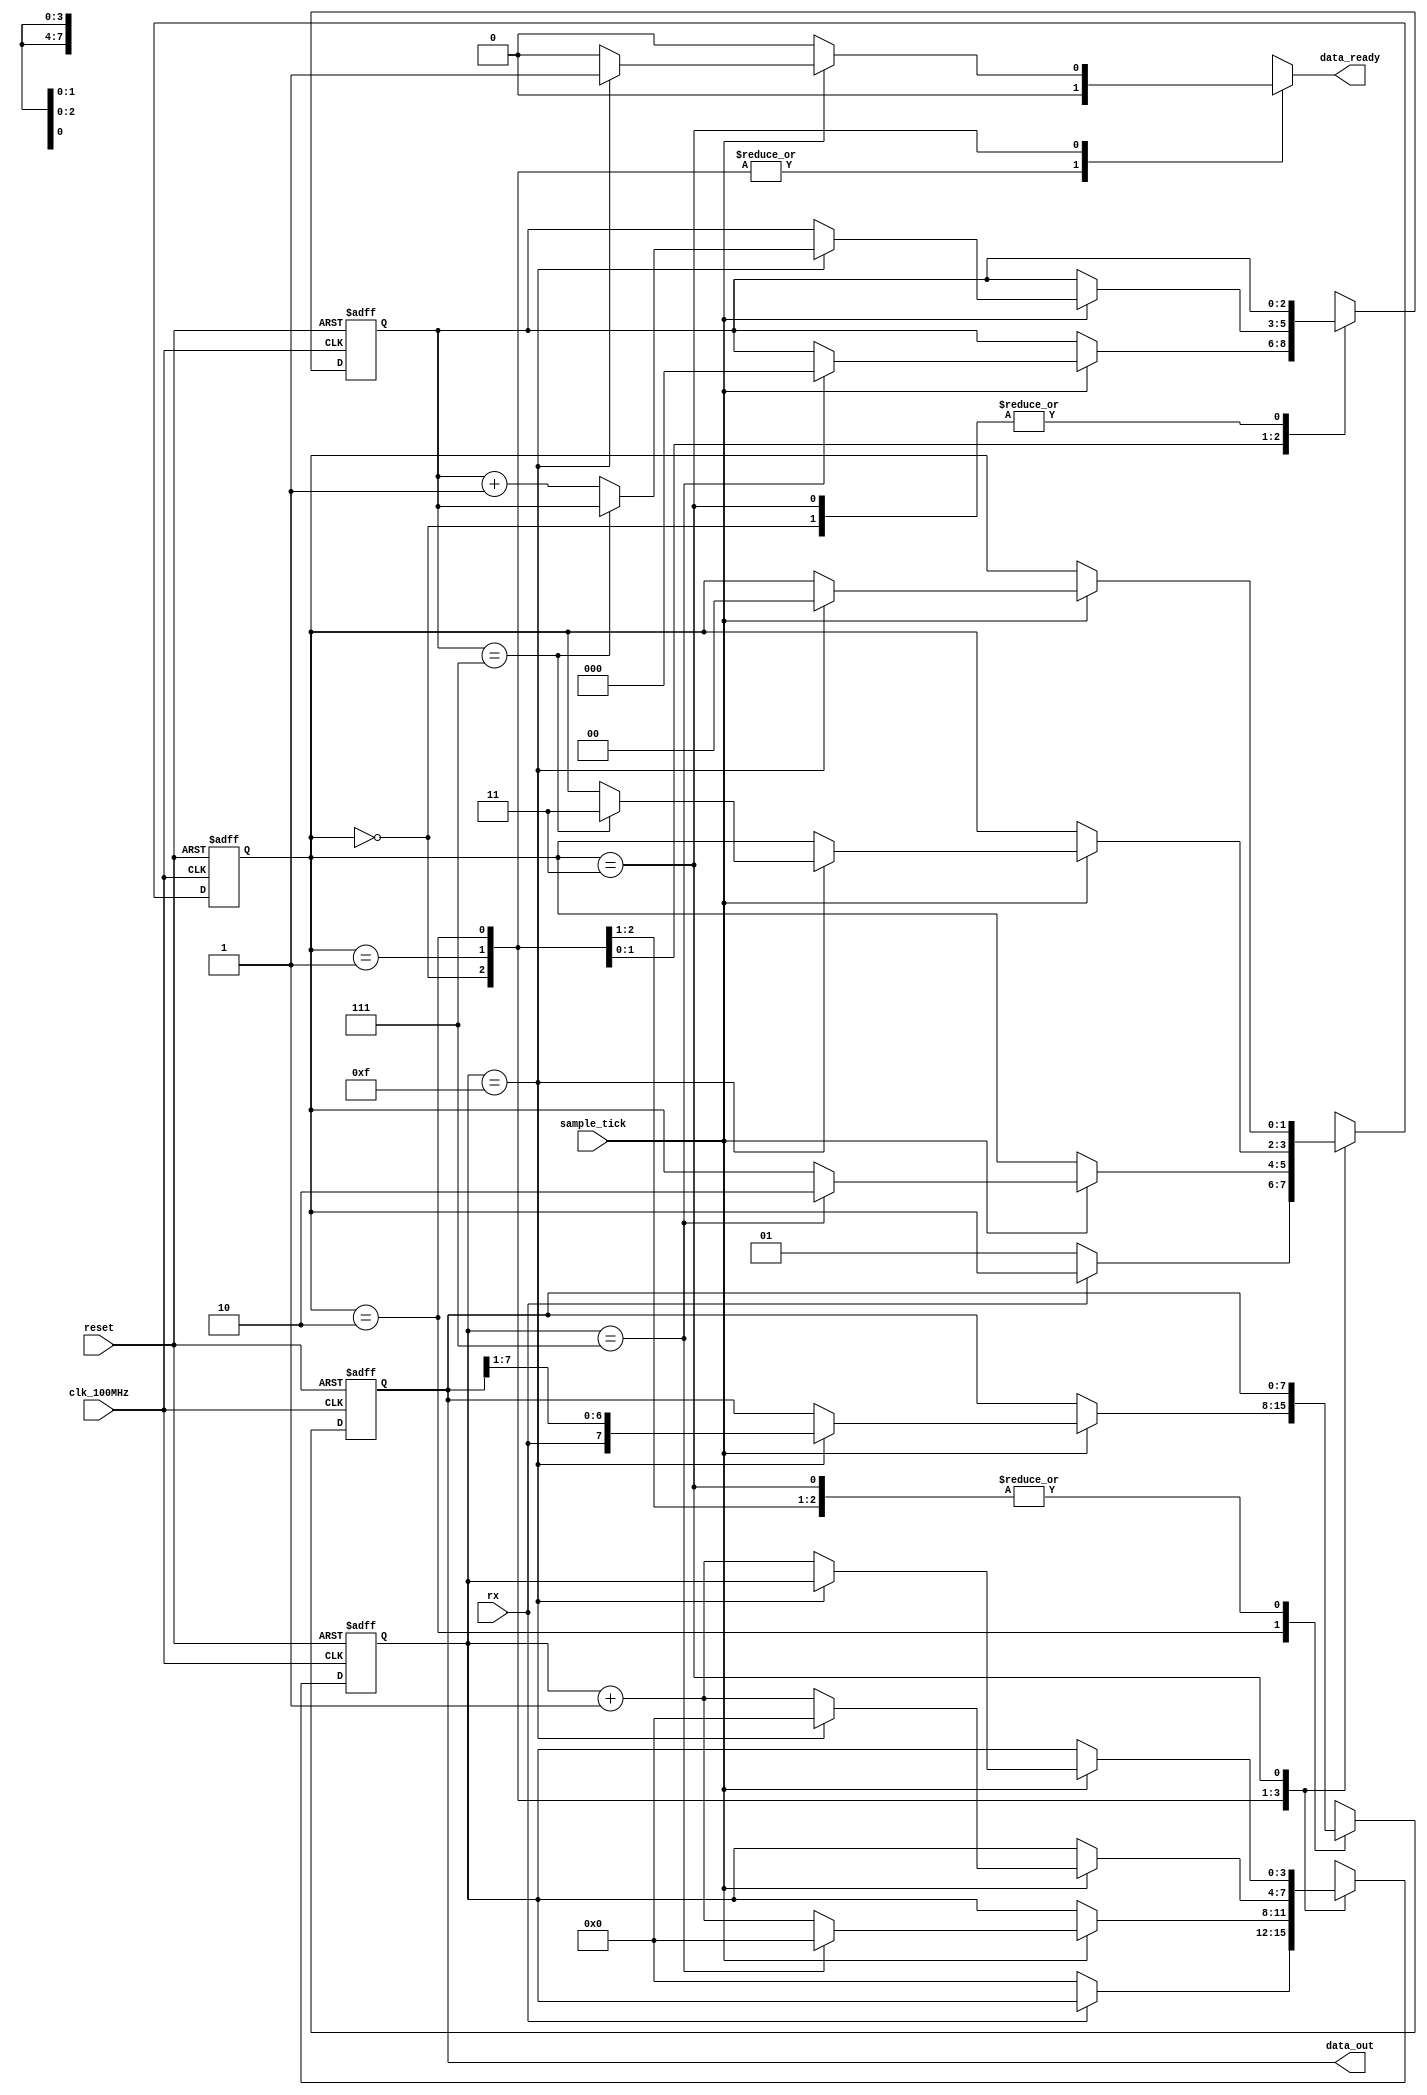
// This program was cloned from: https://github.com/FPGADude/Digital-Design
// License: GNU General Public License v3.0

`timescale 1ns / 1ps
//////////////////////////////////////////////////////////////////////////////////
// Reference Book: FPGA Prototyping By Verilog Examples Xilinx Spartan-3 Version
// Authored by: Dr. Pong P. Chu
// Published by: Wiley
//
// Adapted for the Basys 3 Artix-7 FPGA by David J. Marion
//
// UART Receiver for the UART System
//
// Comments:
// - Many of the variable names have been changed for clarity
//////////////////////////////////////////////////////////////////////////////////

module uart_receiver
    #(
        parameter   DBITS = 8,          // number of data bits in a data word
                    SB_TICK = 16        // number of stop bit / oversampling ticks (1 stop bit)
    )
    (
        input clk_100MHz,               // basys 3 FPGA
        input reset,                    // reset
        input rx,                       // receiver data line
        input sample_tick,              // sample tick from baud rate generator
        output reg data_ready,          // signal when new data word is complete (received)
        output [DBITS-1:0] data_out     // data to FIFO
    );
    
    // State Machine States
    localparam [1:0] idle  = 2'b00,
                     start = 2'b01,
                     data  = 2'b10,
                     stop  = 2'b11;
    
    // Registers                 
    reg [1:0] state, next_state;        // state registers
    reg [3:0] tick_reg, tick_next;      // number of ticks received from baud rate generator
    reg [2:0] nbits_reg, nbits_next;    // number of bits received in data state
    reg [7:0] data_reg, data_next;      // reassembled data word
    
    // Register Logic
    always @(posedge clk_100MHz, posedge reset)
        if(reset) begin
            state <= idle;
            tick_reg <= 0;
            nbits_reg <= 0;
            data_reg <= 0;
        end
        else begin
            state <= next_state;
            tick_reg <= tick_next;
            nbits_reg <= nbits_next;
            data_reg <= data_next;
        end        

    // State Machine Logic
    always @* begin
        next_state = state;
        data_ready = 1'b0;
        tick_next = tick_reg;
        nbits_next = nbits_reg;
        data_next = data_reg;
        
        case(state)
            idle:
                if(~rx) begin               // when data line goes LOW (start condition)
                    next_state = start;
                    tick_next = 0;
                end
            start:
                if(sample_tick)
                    if(tick_reg == 7) begin
                        next_state = data;
                        tick_next = 0;
                        nbits_next = 0;
                    end
                    else
                        tick_next = tick_reg + 1;
            data:
                if(sample_tick)
                    if(tick_reg == 15) begin
                        tick_next = 0;
                        data_next = {rx, data_reg[7:1]};
                        if(nbits_reg == (DBITS-1))
                            next_state = stop;
                        else
                            nbits_next = nbits_reg + 1;
                    end
                    else
                        tick_next = tick_reg + 1;
            stop:
                if(sample_tick)
                    if(tick_reg == (SB_TICK-1)) begin
                        next_state = idle;
                        data_ready = 1'b1;
                    end
                    else
                        tick_next = tick_reg + 1;
        endcase                    
    end
    
    // Output Logic
    assign data_out = data_reg;

endmodule